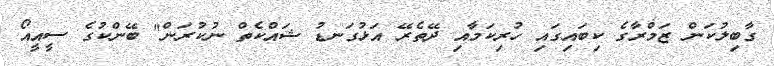
ގާބިލުކަން ޒަމްރާގެ ކިބައިގަައި ހުރިކަމާއި ދޭތެރޭ އަޅުގަނޑު ޝައްކެތް ނުކުރަން" ބޭންކުގެ ސީއީއޯ